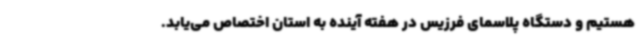
هستیم و دستگاه پلاسمای فرزیس در هفته آینده به استان اختصاص می‌یابد.